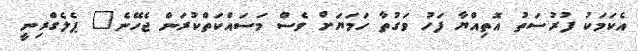
އެކަމަކު ފުރުސަތު އޮތިއްޔާ ފަހު ވަގުތާ ހަމަޔަށް ވެސް މަސައްކަތްކުރަން ޖެހޭނެ" ޕެލެގްރިނީ